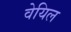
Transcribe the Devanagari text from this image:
वेयिल